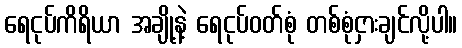
ရေငုပ်ကိရိယာ အချို့နဲ့ ရေငုပ်ဝတ်စုံ တစ်စုံငှားချင်လို့ပါ။